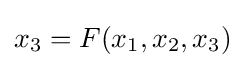
x_{3}=F(x_{1},x_{2},x_{3})